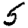
Digit: 5